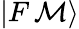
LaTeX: |F\, \mathcal{M}\rangle